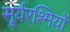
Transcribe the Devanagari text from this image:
सूर्यरश्मियों